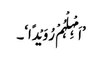
’اَمْہِلْہُمْ رُوَیْدًا‘۔